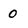
Character: o